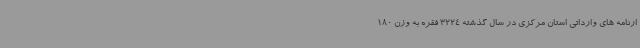
ارنامه های وارداتی استان مرکزی در سال گذشته 3224 فقره به وزن 180